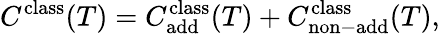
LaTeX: C^{\mathrm{class}}(T)=C_{\mathrm{add}}^{\mathrm{class}}(T)+C_{\mathrm{non-add}}^{\mathrm{class}}(T),